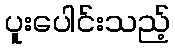
ပူးပေါင်းသည့်